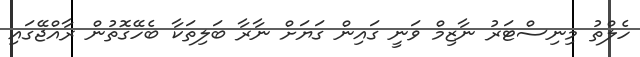
ހެލްތު މިނިސްޓަރު ނާޒިމް ވަނީ ގައިން ގަޔަށް ނާރާ ބަލިތަކާ ބެހޭގޮތުން ރާއްޖޭގައި